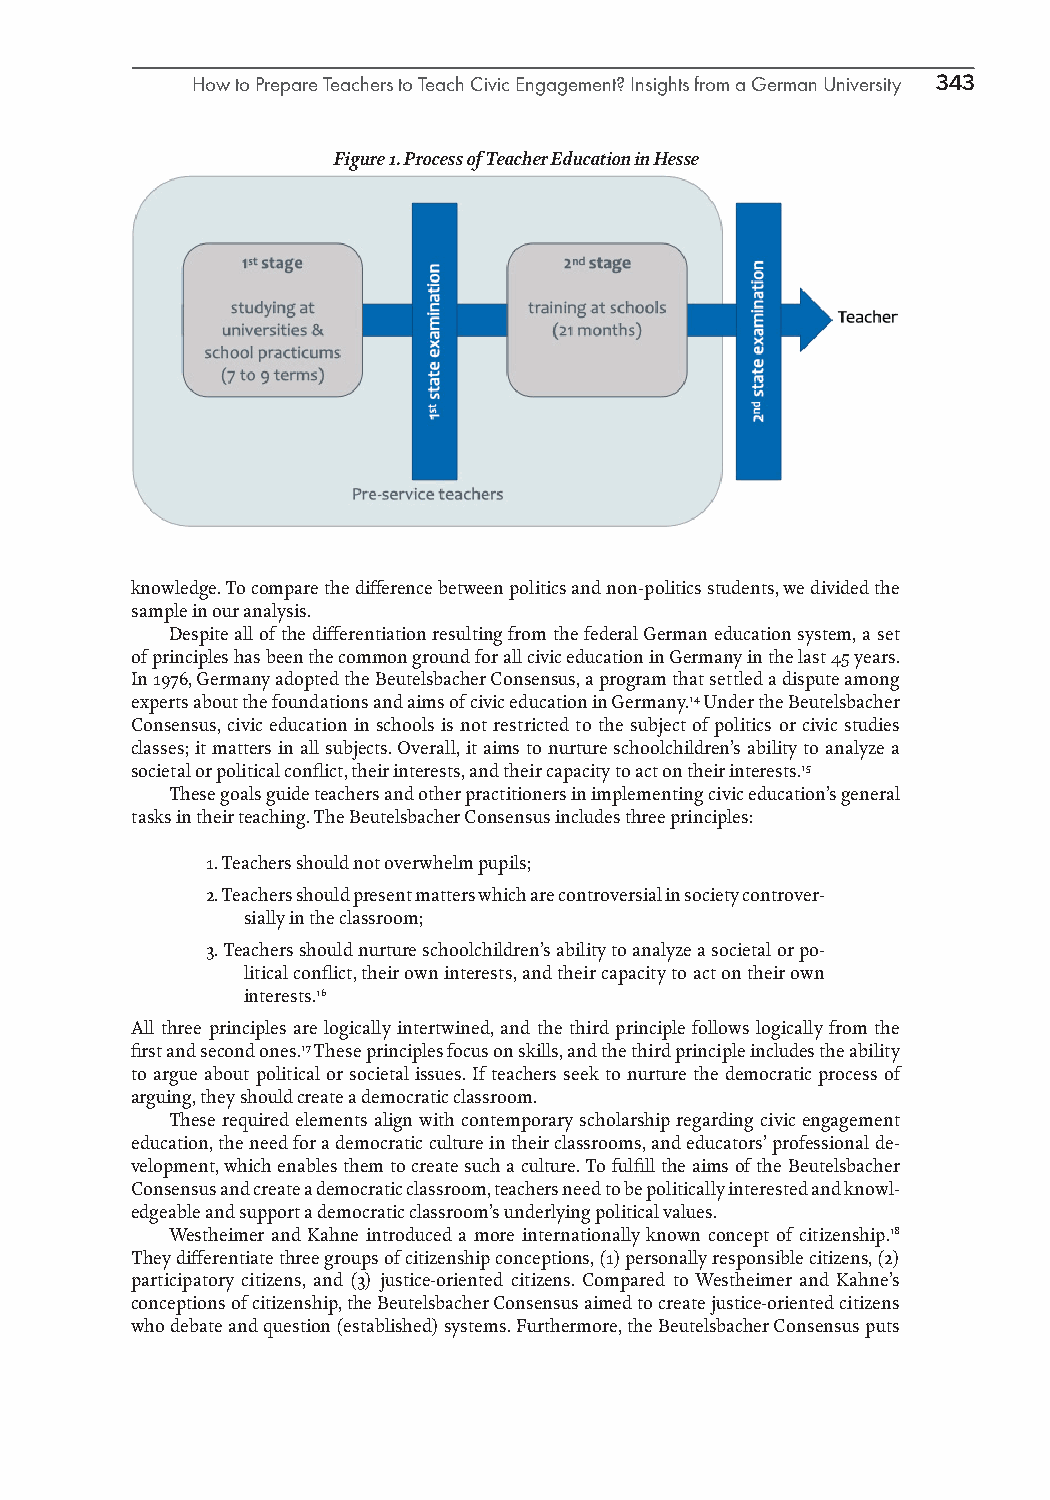
How to Prepare Teachers to Teach Civic Engagement? Insights from a German University 343
 Figure 1. Process of Teacher Education in Hesse
 knowledge. To compare the difference between politics and non-politics students, we divided the
 sample in our analysis.
 Despite all of the differentiation resulting from the federal German education system, a set
 of principles has been the common ground for all civic education in Germany in the last 45 years.
 In 1976, Germany adopted the Beutelsbacher Consensus, a program that settled a dispute among
 experts about the foundations and aims of civic education in Germany.14 Under the Beutelsbacher
 Consensus, civic education in schools is not restricted to the subject of politics or civic studies
 classes; it matters in all subjects. Overall, it aims to nurture schoolchildren’s ability to analyze a
 societal or political conflict, their interests, and their capacity to act on their interests.15
 These goals guide teachers and other practitioners in implementing civic education’s general
 tasks in their teaching. The Beutelsbacher Consensus includes three principles:
 1. Teachers should not overwhelm pupils;
 2. Teachers should present matters which are controversial in society controver-
 sially in the classroom;
 3. Teachers should nurture schoolchildren’s ability to analyze a societal or po-
 litical conflict, their own interests, and their capacity to act on their own
 interests.16
 All three principles are logically intertwined, and the third principle follows logically from the
 first and second ones.17 These principles focus on skills, and the third principle includes the ability
 to argue about political or societal issues. If teachers seek to nurture the democratic process of
 arguing, they should create a democratic classroom.
 These required elements align with contemporary scholarship regarding civic engagement
 education, the need for a democratic culture in their classrooms, and educators’ professional de-
 velopment, which enables them to create such a culture. To fulfill the aims of the Beutelsbacher
 Consensus and create a democratic classroom, teachers need to be politically interested and knowl-
 edgeable and support a democratic classroom’s underlying political values.
 Westheimer and Kahne introduced a more internationally known concept of citizenship.18
 They differentiate three groups of citizenship conceptions, (1) personally responsible citizens, (2)
 participatory citizens, and (3) justice-oriented citizens. Compared to Westheimer and Kahne’s
 conceptions of citizenship, the Beutelsbacher Consensus aimed to create justice-oriented citizens
 who debate and question (established) systems. Furthermore, the Beutelsbacher Consensus puts